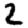
Digit: 2